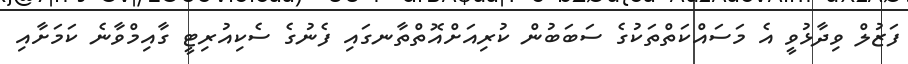
ފަޒުލް ވިދާޅުވީ އެ މަސައްކަތްތަކުގެ ސަބަބުން ކުރިއަށްއޮތްތާނގައި ފެނުގެ ސެކިއުރިޓީ ގާއިމްވާނެ ކަމަށާއި